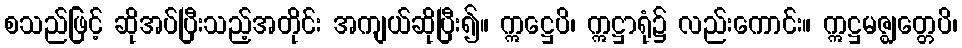
စသည်ဖြင့် ဆိုအပ်ပြီးသည့်အတိုင်း အကျယ်ဆိုပြီး၍။ ဣဋ္ဌေပိ၊ ဣဋ္ဌာရုံ၌ လည်းကောင်း။ ဣဋ္ဌမဇ္ဈတ္တေပိ၊